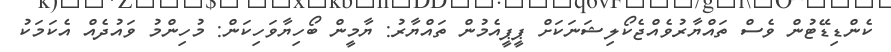
ކެންޑިޑޭޓުން ވެސް ތައްޔާރުވެއްޖެކޯލިޝަނަކަށް ޕީޕީއެމުން ތައްޔާރު: ޔާމީން ބޯހިޔާވަހިކަން: މުހިންމު ވައުދެއް އެކަމަކު